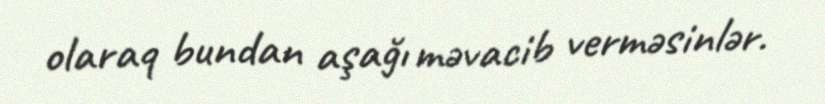
olaraq bundan aşağı məvacib verməsinlər.